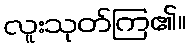
လူးသုတ်ကြ၏။